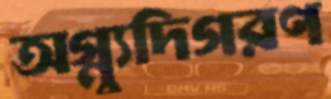
অগ্ন্যুদিগরণ